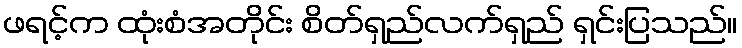
ဖရင့်က ထုံးစံအတိုင်း စိတ်ရှည်လက်ရှည် ရှင်းပြသည်။